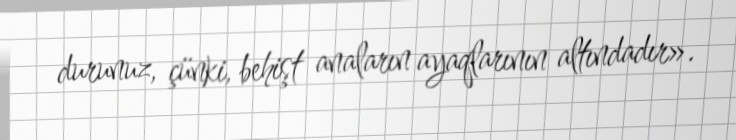
durunuz, çünki, behişt anaların ayaqlarının altındadır».